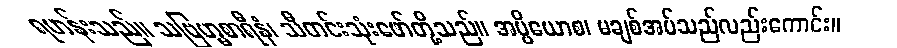
ရဟန်းသည်။ သဗြဟ္မစာရီနံ၊ သီတင်းသုံးဖော်တို့သည်။ အပ္ပိယောစ၊ မချစ်အပ်သည်လည်းကောင်း။